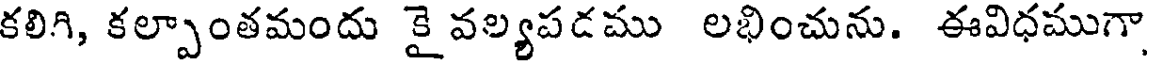
కలిగి, కల్పాంతమందు కై వల్యపడము లభించును. ఈవిధముగా